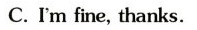
C.I'm fine, thanks.